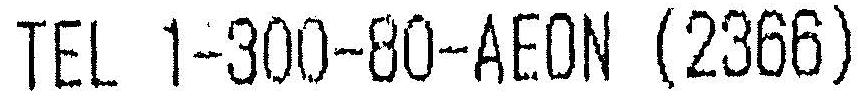
TEL 1-300-80-AEON (2366)